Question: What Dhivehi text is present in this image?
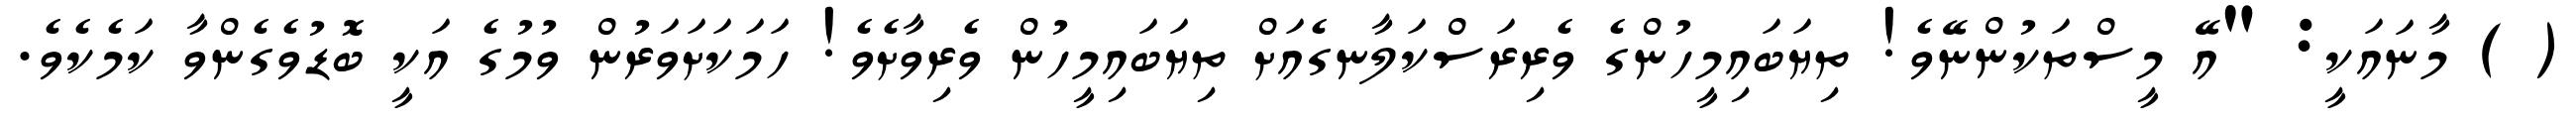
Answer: ( ) މާނައަކީ: "އޭ މީސްތަކުންނޭވެ! ތިޔަބައިމީހުންގެ ވެރިރަސްކަލާނގެއަށް ތިޔަބައިމީހުން ވެރިވާށެވެ! ހަމަކަށަވަރުން ވުމުގެ އަކީ ބޮޑުވެގެންވާ ކަމެކެވެ.